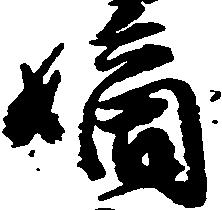
嫡